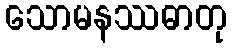
သောမနဿဓာတု